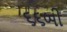
૬૬બી